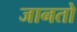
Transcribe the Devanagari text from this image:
जानतो